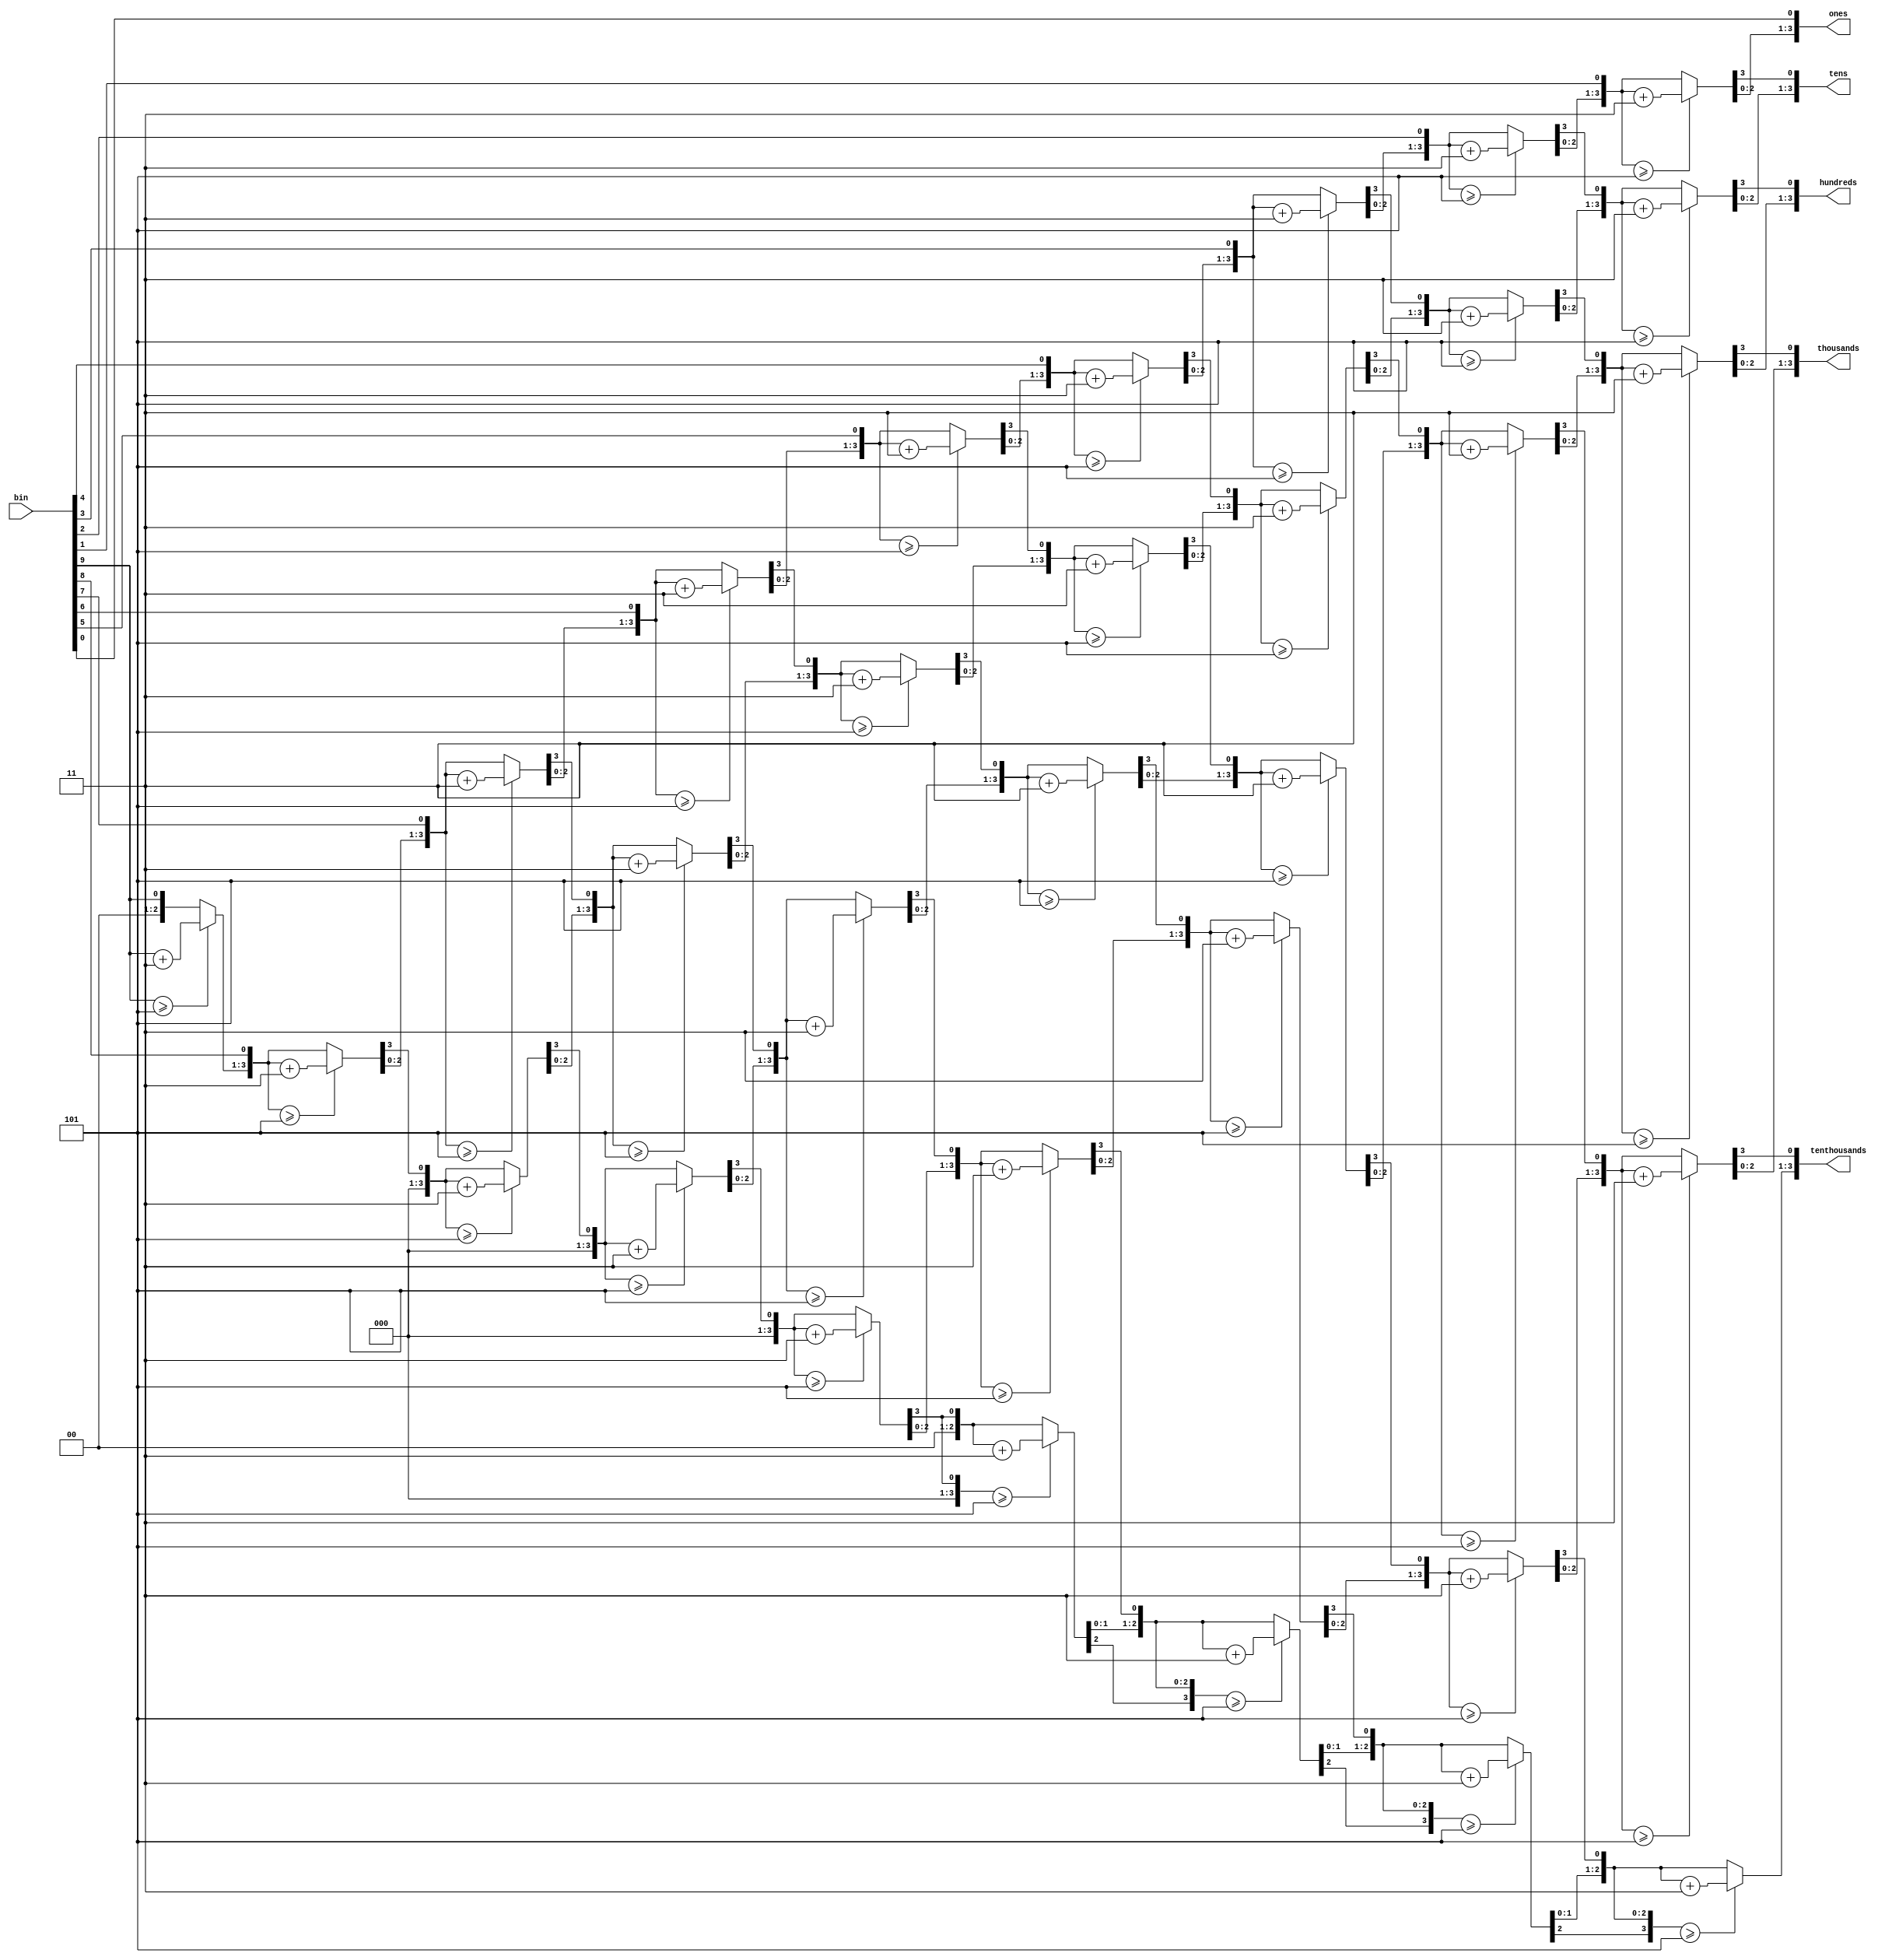

module B2D_10b (
input [9:0] bin,
output reg [3:0] tenthousands,
output reg [3:0] thousands,
output reg [3:0] hundreds,
output reg [3:0] tens,
output reg [3:0] ones
);

integer i;
always @ (*)
begin
	tenthousands = 4'd0;
	thousands = 4'd0;
	hundreds = 4'd0;
	tens = 4'd0;
	ones = 4'd0;
	
	for (i=9; i>=0; i=i-1)
	begin
		if (tenthousands >= 5) tenthousands = tenthousands+3;
		if (thousands >= 5) thousands = thousands+3;
		if (hundreds >= 5) hundreds = hundreds+3;
		if (tens >= 5) tens = tens+3;
		if (ones >= 5) ones = ones+3;
		
		tenthousands = tenthousands << 1;
		tenthousands[0] = thousands[3];
		thousands = thousands << 1;
		thousands[0] = hundreds[3];
		hundreds = hundreds << 1;
		hundreds[0] = tens[3];
		tens = tens << 1;
		tens[0] = ones[3];
		ones = ones << 1;
		ones[0] = bin[i];
	end
end

endmodule